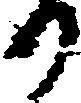
り